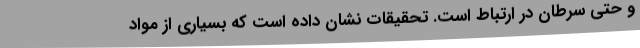
و حتی سرطان در ارتباط است. تحقیقات نشان داده است که بسیاری از مواد